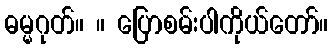
ဓမ္မဂုတ်။ ။ ပြောစမ်းပါကိုယ်တော်။